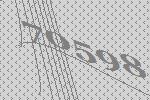
70598